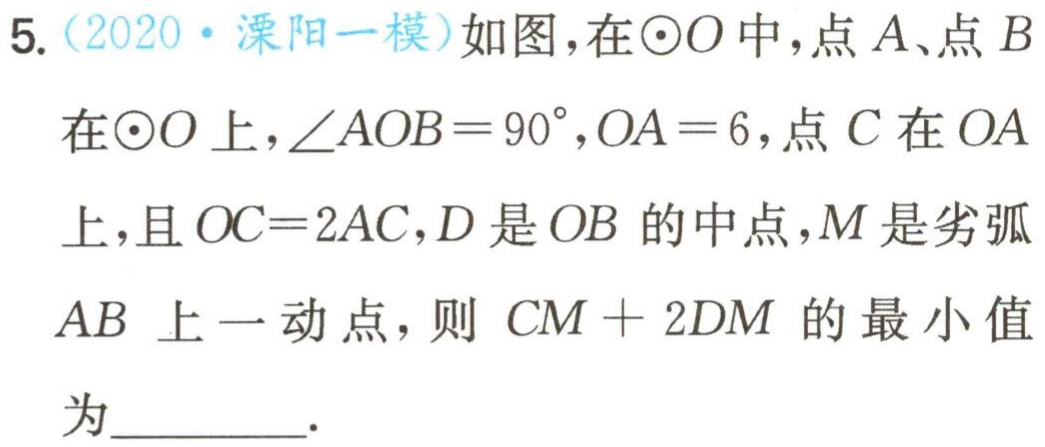
5.（2020·溧阳一模）如图，在$\odot O$中，点$A$、点$B$在$\odot O$上，$\angle AOB = 90^{\circ}$，$OA = 6$，点$C$在$OA$上，且$OC = 2AC$，$D$是$OB$的中点，$M$是劣弧$AB$上一动点，则$CM + 2DM$的最小值为________．